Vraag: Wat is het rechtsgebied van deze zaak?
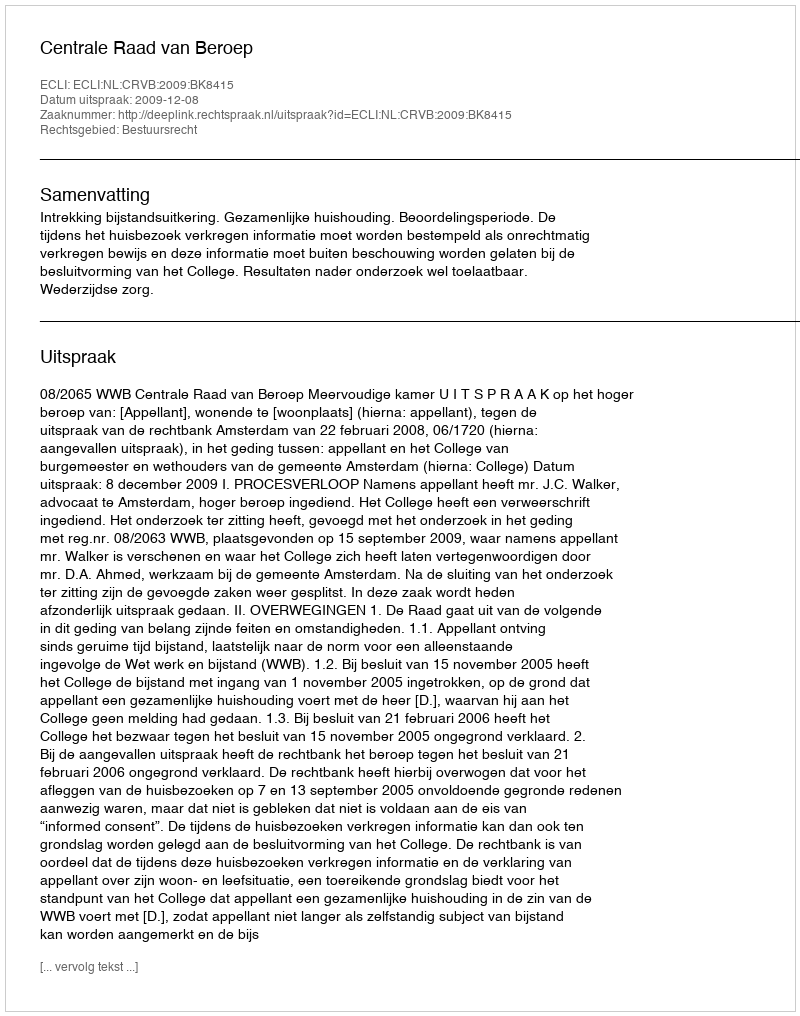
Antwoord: Bestuursrecht